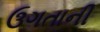
ઉગતાની